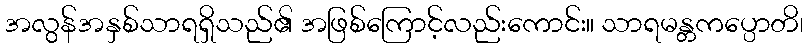
အလွန်အနှစ်သာရရှိသည်၏ အဖြစ်ကြောင့်လည်းကောင်း။ သာရမန္တကပ္ပောတိ၊